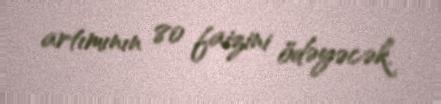
artımının 80 faizini ödəyəcək.